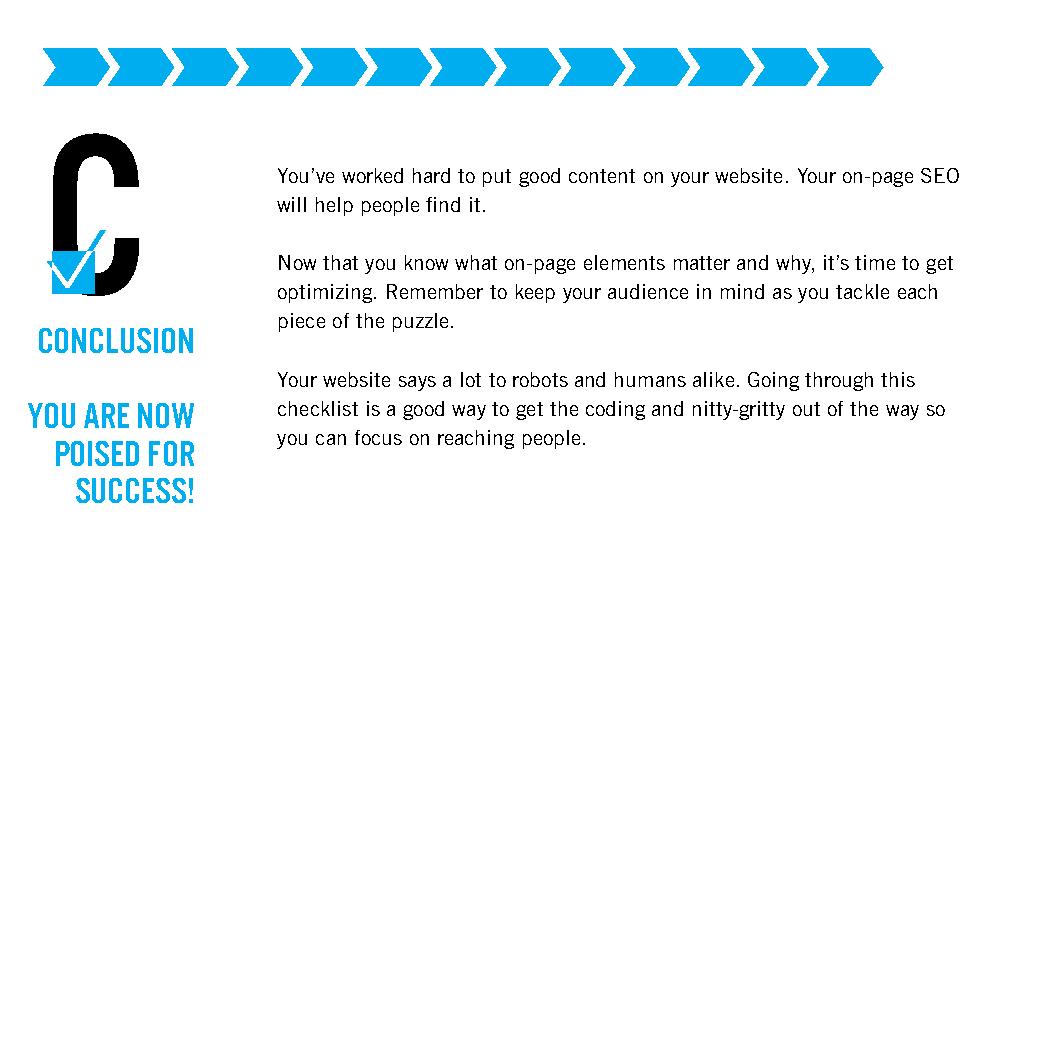
C
 You’ve worked hard to put good content on your website. Your on-page SEO
 will help people find it.
 Now that you know what on-page elements matter and why, it’s time to get
 optimizing. Remember to keep your audience in mind as you tackle each
 piece of the puzzle.
 CONCLUSION
 Your website says a lot to robots and humans alike. Going through this
 YOU ARE NOW     checklist is a good way to get the coding and nitty-gritty out of the way so
 you can focus on reaching people.
 POISED FOR
 SUCCESS!